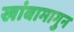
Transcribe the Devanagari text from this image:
खांबामागुन